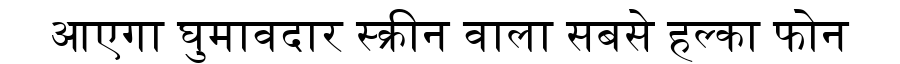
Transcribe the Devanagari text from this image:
आएगा घुमावदार स्क्रीन वाला सबसे हल्का फोन